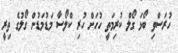
ހުރަސްވި ބޯޅަ ގޯލް ކުރިމަތީ ހުހަށް ހުރި ކްލޯސާ މަޑުމަޑުން ގޯލުގެ ތިރީ